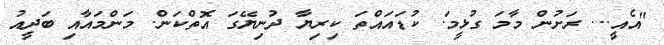
"އެއީ... ރަށުން މާމަ ގުޅީމަ. ކުޑައައްތަ ކިރިޔާ ދުނިޔޭގަ އޮތްކަން. މަންމައާއި ބަދީއު